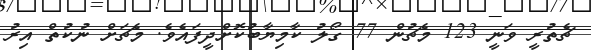
ޗެތުރީ ވަނީ 123 މެޗުން 77 ގޯލު ކާމިޔާބުކޮށްދީފައެވެ. މެޗަށް ނުކުތް އިރު